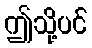
ဤသို့ပင်